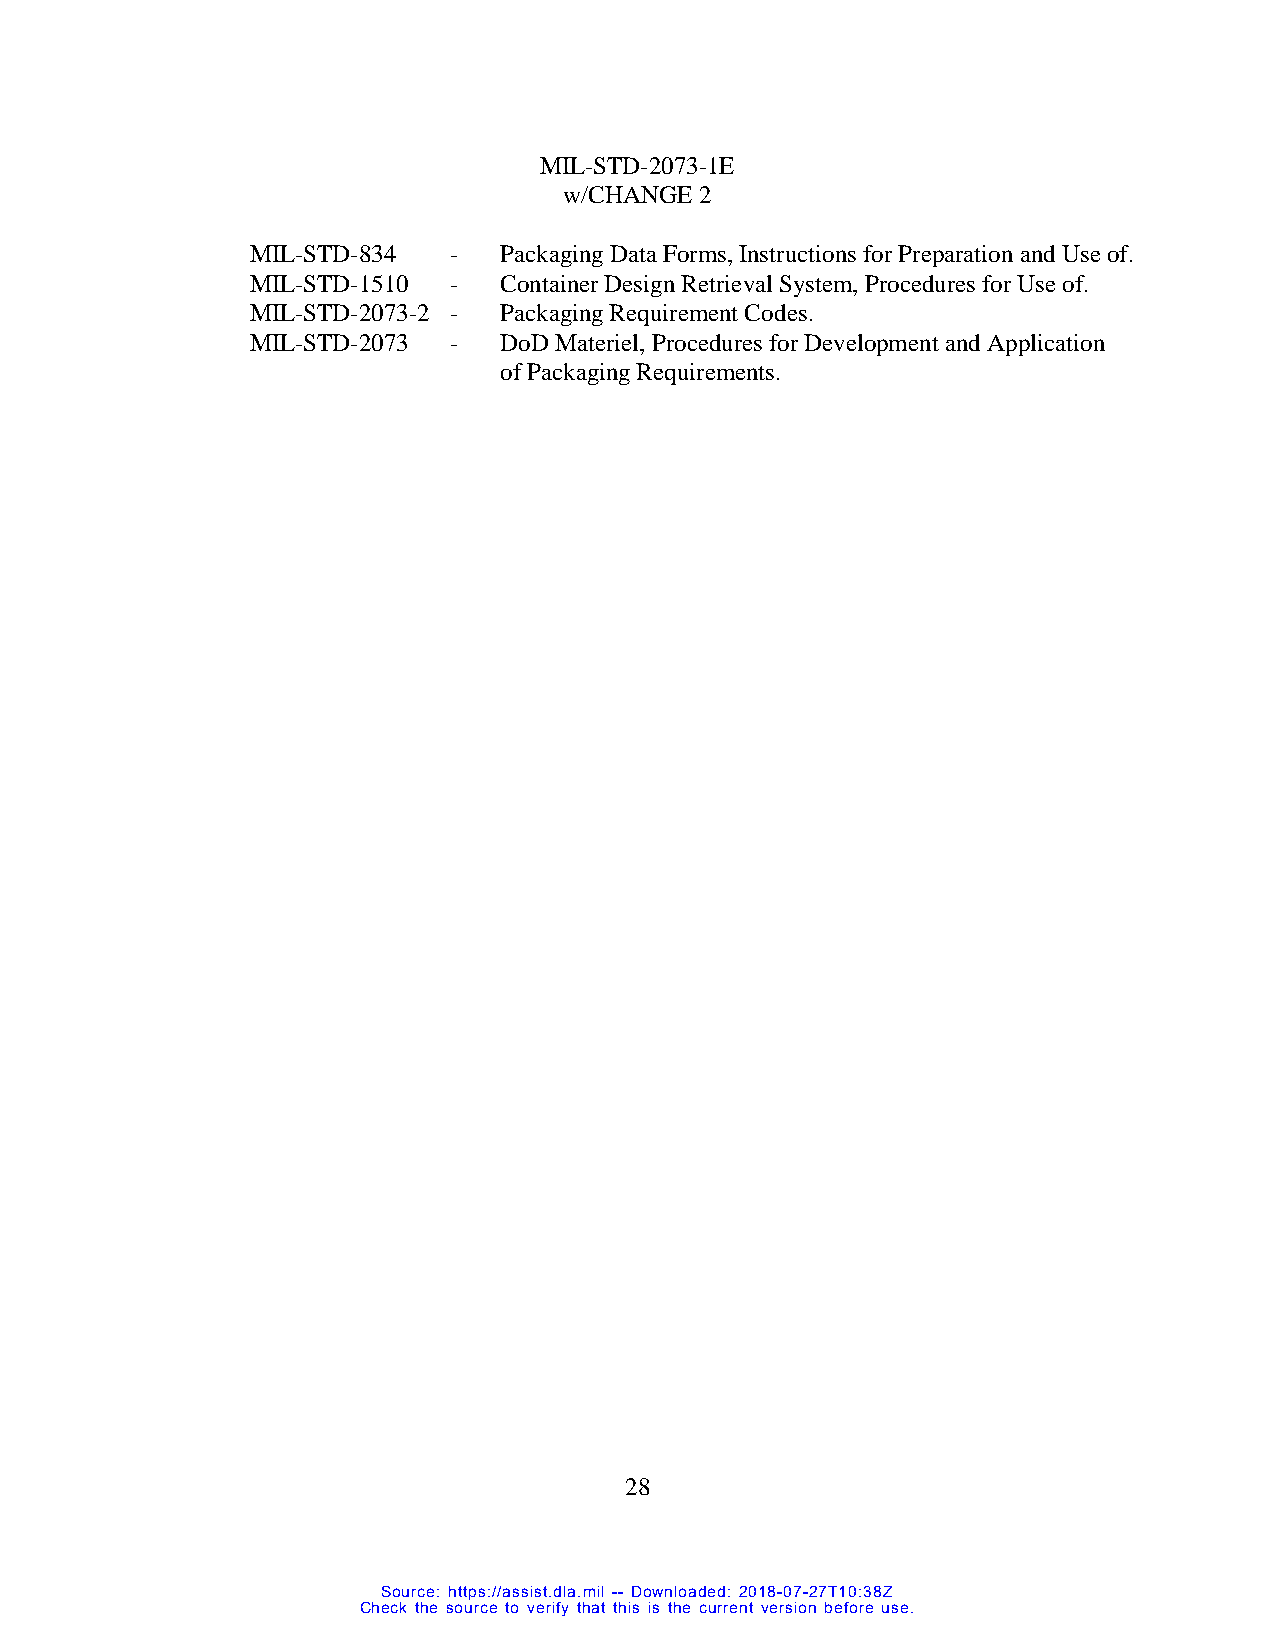
MIL-STD-2073-1E
 w/CHANGE 2
 MIL-STD-834  -  Packaging Data Forms, Instructions for Preparation and Use of.
 MIL-STD-1510 -  Container Design Retrieval System, Procedures for Use of.
 MIL-STD-2073-2 - Packaging Requirement Codes.
 MIL-STD-2073 -  DoD Materiel, Procedures for Development and Application
 of Packaging Requirements.
 28
 Source: https://assist.dla.mil -- Downloaded: 2018-07-27T10:38Z
 Check the source to verify that this is the current version before use.